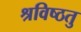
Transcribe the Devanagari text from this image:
श्रविष्ठतु